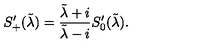
S _ { + } ^ { \prime } ( \tilde { \lambda } ) = { \frac { \tilde { \lambda } + i } { \tilde { \lambda } - i } } S _ { 0 } ^ { \prime } ( \tilde { \lambda } ) .